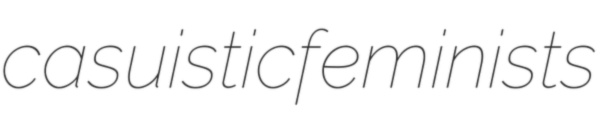
casuistic feminists